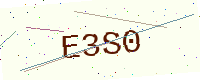
Text: E3S0